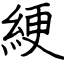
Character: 綆